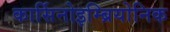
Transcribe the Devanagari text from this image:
कार्सिनोइम्ब्रियोनिक